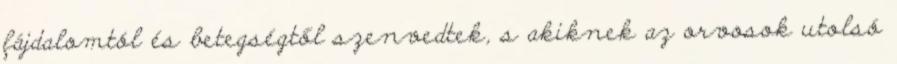
fájdalomtól és betegségtől szenvedtek, s akiknek az orvosok utolsó